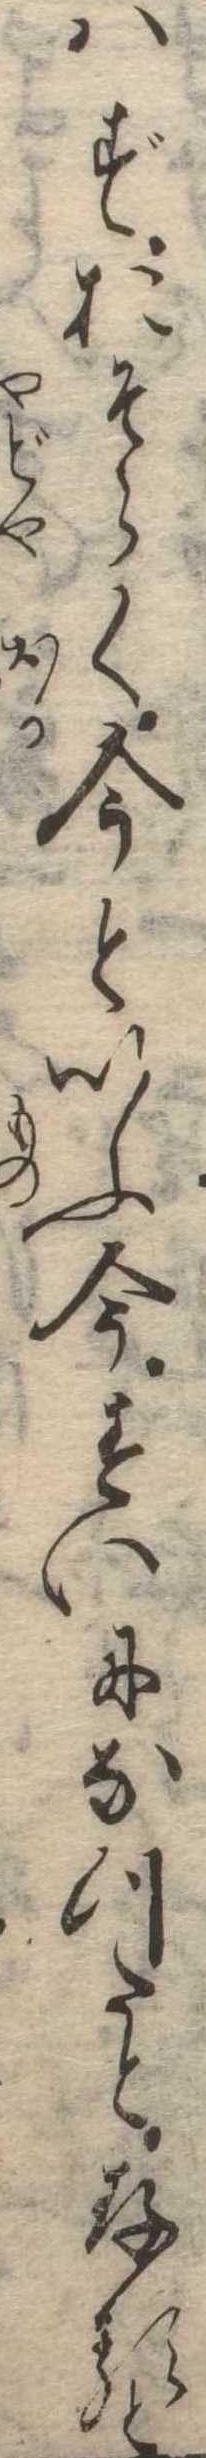
はずおそらく今といふ今すいになつたと存ると